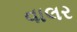
વાલર